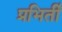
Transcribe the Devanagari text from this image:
प्रभिर्ती